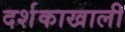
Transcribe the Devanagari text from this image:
दर्शकाखाली